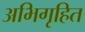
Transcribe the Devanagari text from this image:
अभिगृहित